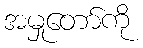
အမှုတော်ကို